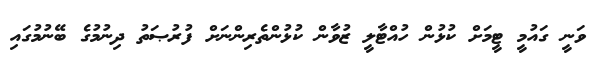
ވަނީ ގައުމީ ޓީމަށް ކުޅުން ހުއްޓާލީ ޒުވާން ކުޅުންތެރިންނަށް ފުރުޞަތު ދިނުމުގެ ބޭނުމުގައި